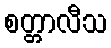
စတ္တာလီသ